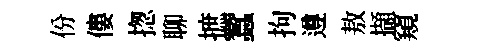
份僂揔聊摭蠶拘遵敖擷窺